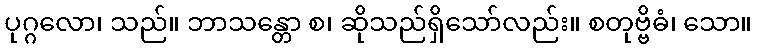
ပုဂ္ဂလော၊ သည်။ ဘာသန္တော စ၊ ဆိုသည်ရှိသော်လည်း။ စတုဗ္ဗိဓံ၊ သော။